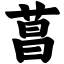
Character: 菖